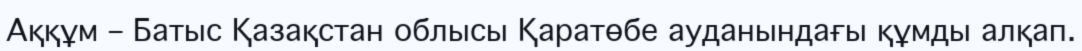
Аққұм – Батыс Қазақстан облысы Қаратөбе ауданындағы құмды алқап.